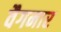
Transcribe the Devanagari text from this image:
वैगनार